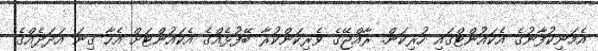
އެމަނިކުފާނުގެ އެކައުންޓްގައި ހުރިކަން. ރާއްޖޭގެ ވެރިކަންކުރާ ބޭފުޅެއްގެ އެކައުންޓަށް އެހާ ގިނަ އަދަދެއްގެ